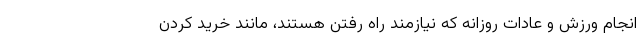
انجام ورزش و عادات روزانه که نیازمند راه رفتن هستند، مانند خرید کردن